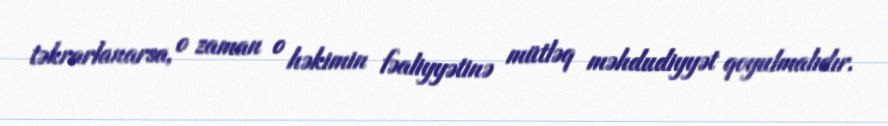
təkrarlanarsa, o zaman o həkimin fəaliyyətinə mütləq məhdudiyyət qoyulmalıdır.